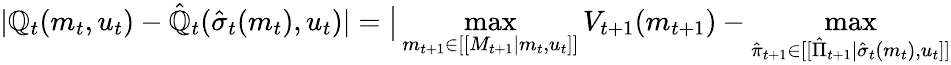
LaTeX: |\mathbb{Q}_{t}(m_{t},u_{t})-\hat{{\mathbb{Q}}}_{t}(\hat{{\sigma}}_{t}(m_{t}),u_{t})|=\big|\operatorname*{max}_{m_{t+1}\in[[M_{t+1}|m_{t},u_{t}]]}V_{t+1}(m_{t+1})-\operatorname*{max}_{\hat{{\pi}}_{t+1}\in[[\hat{{\Pi}}_{t+1}|\hat{{\sigma}}_{t}(m_{t}),u_{t}]]}